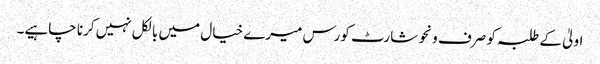
اولیٰ کے طلبہ کو صرف ونحو شارٹ کورس میرے خیال میں بالکل نہیں کرنا چاہیے۔